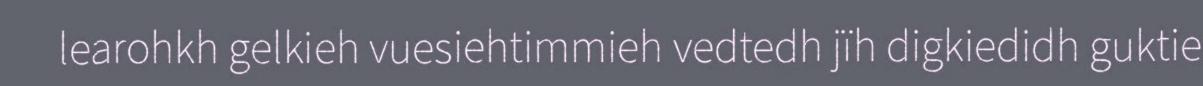
learohkh gelkieh vuesiehtimmieh vedtedh jïh digkiedidh guktie